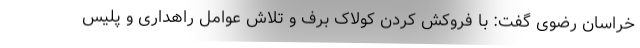
خراسان رضوی گفت: با فروکش کردن کولاک برف و تلاش عوامل راهداری و پلیس